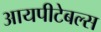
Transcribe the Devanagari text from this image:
आयपीटेबल्स